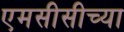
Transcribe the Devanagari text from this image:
एमसीसीच्या